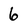
Character: 6